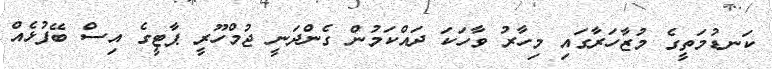
ކަނޑުމަތީގެ މުޒާހަރާގައި މިހާރު ވާހަކަ ދައްކަމުން ގެންދަނީ ޖުމްހޫރީ ޕާޓީގެ އިސް ބޭފުޅެއް